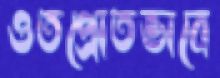
ওতপ্রোতভাবে